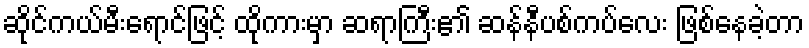
ဆိုင်ကယ်မီးရောင်ဖြင့် ထိုကားမှာ ဆရာကြီး၏ ဆန်နီပစ်ကပ်လေး ဖြစ်နေခဲ့တာ